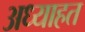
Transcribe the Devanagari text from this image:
अध्याहत